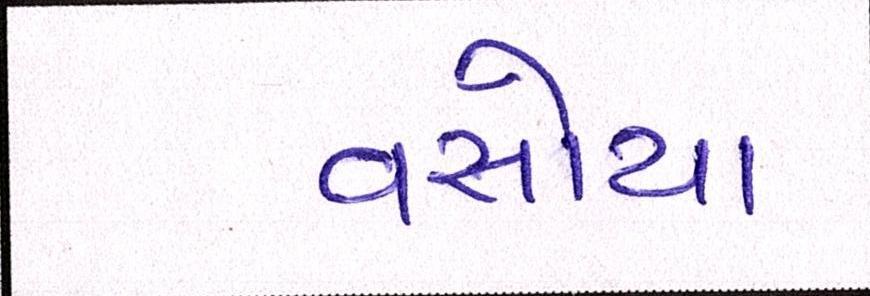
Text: વસોયા